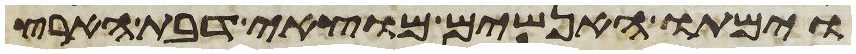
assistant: וימתו האנשים מוצאי דבת הארץ